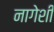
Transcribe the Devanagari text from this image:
नागेशी